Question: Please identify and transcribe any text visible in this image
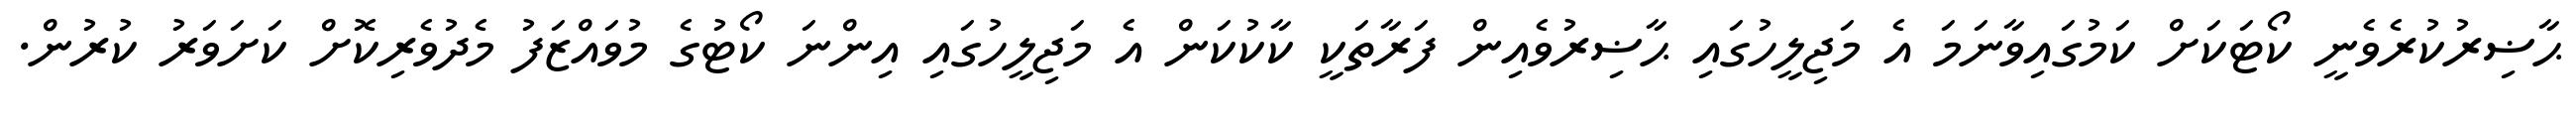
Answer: ޙާޟިރުކުރެވެނީ ކޯޓަކަށް ކަމުގައިވާނަމަ އެ މަޖިލީހުގައި ޙާޟިރުވެއިން ފަރާތަކީ ކާކުކަން އެ މަޖިލީހުގައި އިންނަ ކޯޓުގެ މުވައްޒަފު މެދުވެރިކޮށް ކަށަވަރު ކުރުން.